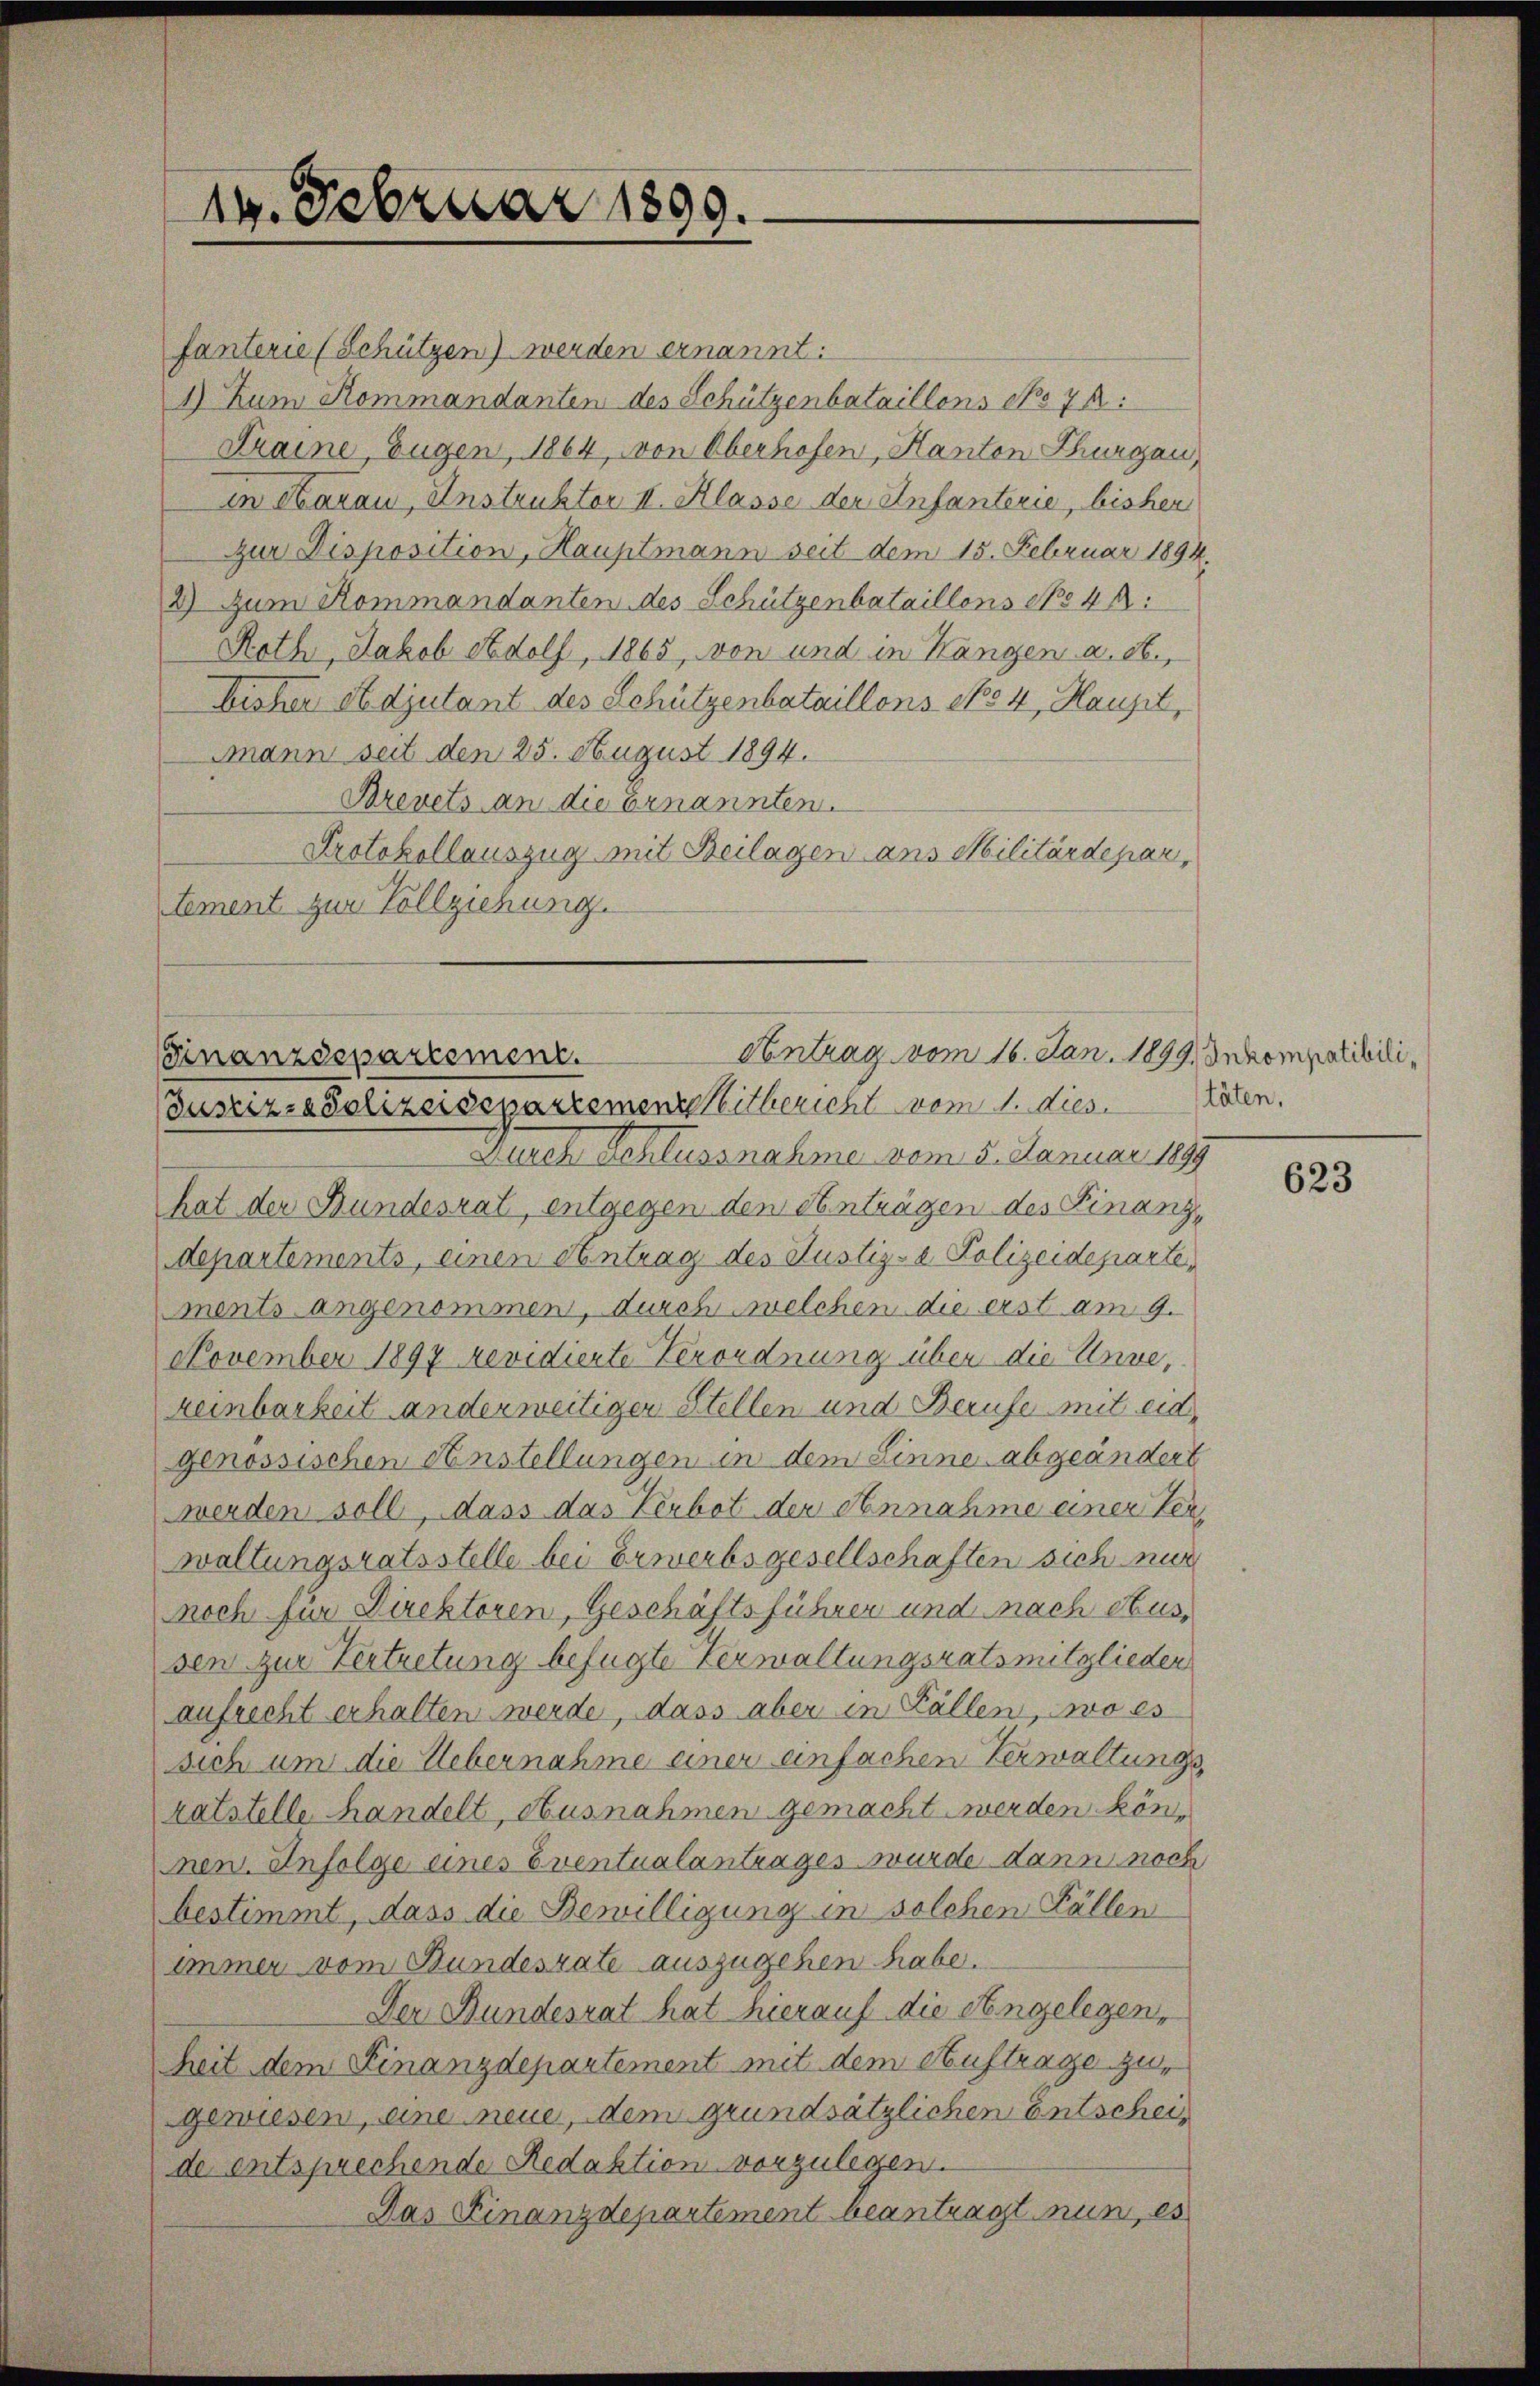
14. Februar 1899.

fanterie (Schützen) werden ernannt:
1) Zum Kommandanten des Schützenbataillons No 7.
Kraine, Eugen, 1864 von Oberhofen, Kanton Thurgau,
in Aarau, Instruktor II. Klasse der Infanterie, bisher
zur Disposition, Hauptmann seit dem 15. Februar 1894.
2) Zum Kommandanten des Schützenbataillons No 44:
Roth, Jakob Adolf, 1865, von und in Hangen a. c.,
bisher Stdjutant des Schützenbataillons No 4 Haupt,
Mann seit den 25. August 1894.
Arevets an die Ernannten.
Protokollauszug mit Beilagen ans Militärdepar,
tement zur Vollziehung.
Durch schlussnahme vom 5. Januar 1899
hat der Bundesrat, entgegen den Anträgen des Finanz-
departements, einen Antrag des Justiz- & Polizeidepartements angenommen, durch welchen die erst am 9.
November 1897 revidierte Verordnung über die Unve,
reinbarkeit anderweitiger Stellen und Berufe mit eid
genössischen Anstellungen in dem Linne abgeändert
werden soll, dass das Verbot der Annahme einer Terwaltungsratsstelle bei Erwerbsgesellschaften sich nur
noch für Direktoren, Geschäftsführer und nach Aussen zur Vertretung befügte Verwaltungsratsmitglieder
aufrecht erhalten werde, dass aber in Fällen, wo es
sich um die Uebernahme einer einfachen Verwaltungs
ratstelle Handelt, ausnahmen gemacht werden können Infolge eines Eventualantrages wurde dann noch
bestimmt, dass die Bewilligung in solchen Fällen
immer vom Bundesrate auszugehen habe.
Der Bundesrat hat hierauf die Angelegen,
Zeit dem Finanzdepartement mit dem Auftrage zur
gewiesen, eine neue, dem grundsätzlichen Entscheider entsprechende Redaktion vorzulegen.
Das Finanzdepartement beantragt nun, es

Antrag vom 16. Jan. 1899. Inkompolibili¬
Finanzdepartement.
Justiz-Polizeisepartementskitbericht vom 1. dies täten.

623